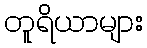
တူရိယာများ